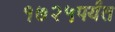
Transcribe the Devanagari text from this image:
१७२५पर्यंत